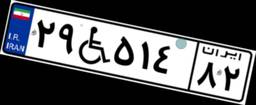
۲۹W۵۱۴۸۲